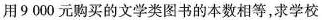
用9000元购买的文学类图书的本数相等，求学校